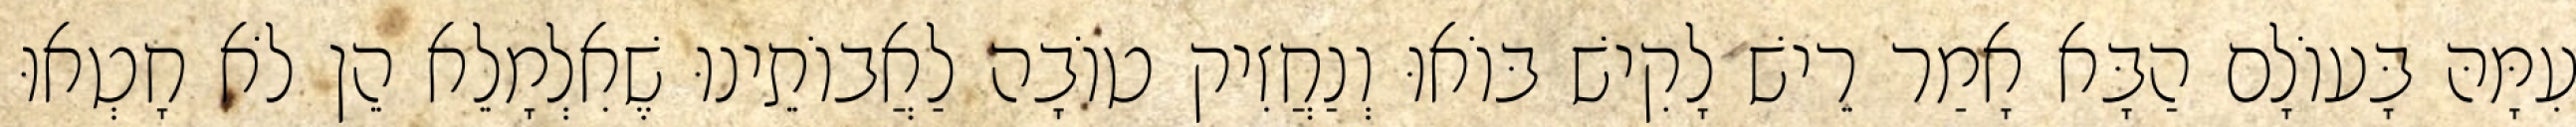
עִמָּהּ בָּעוֹלָם הַבָּא אָמַר רֵישׁ לָקִישׁ בּוֹאוּ וְנַחֲזִיק טוֹבָה לַאֲבוֹתֵינוּ שֶׁאִלְמָלֵא הֵן לֹא חָטְאוּ